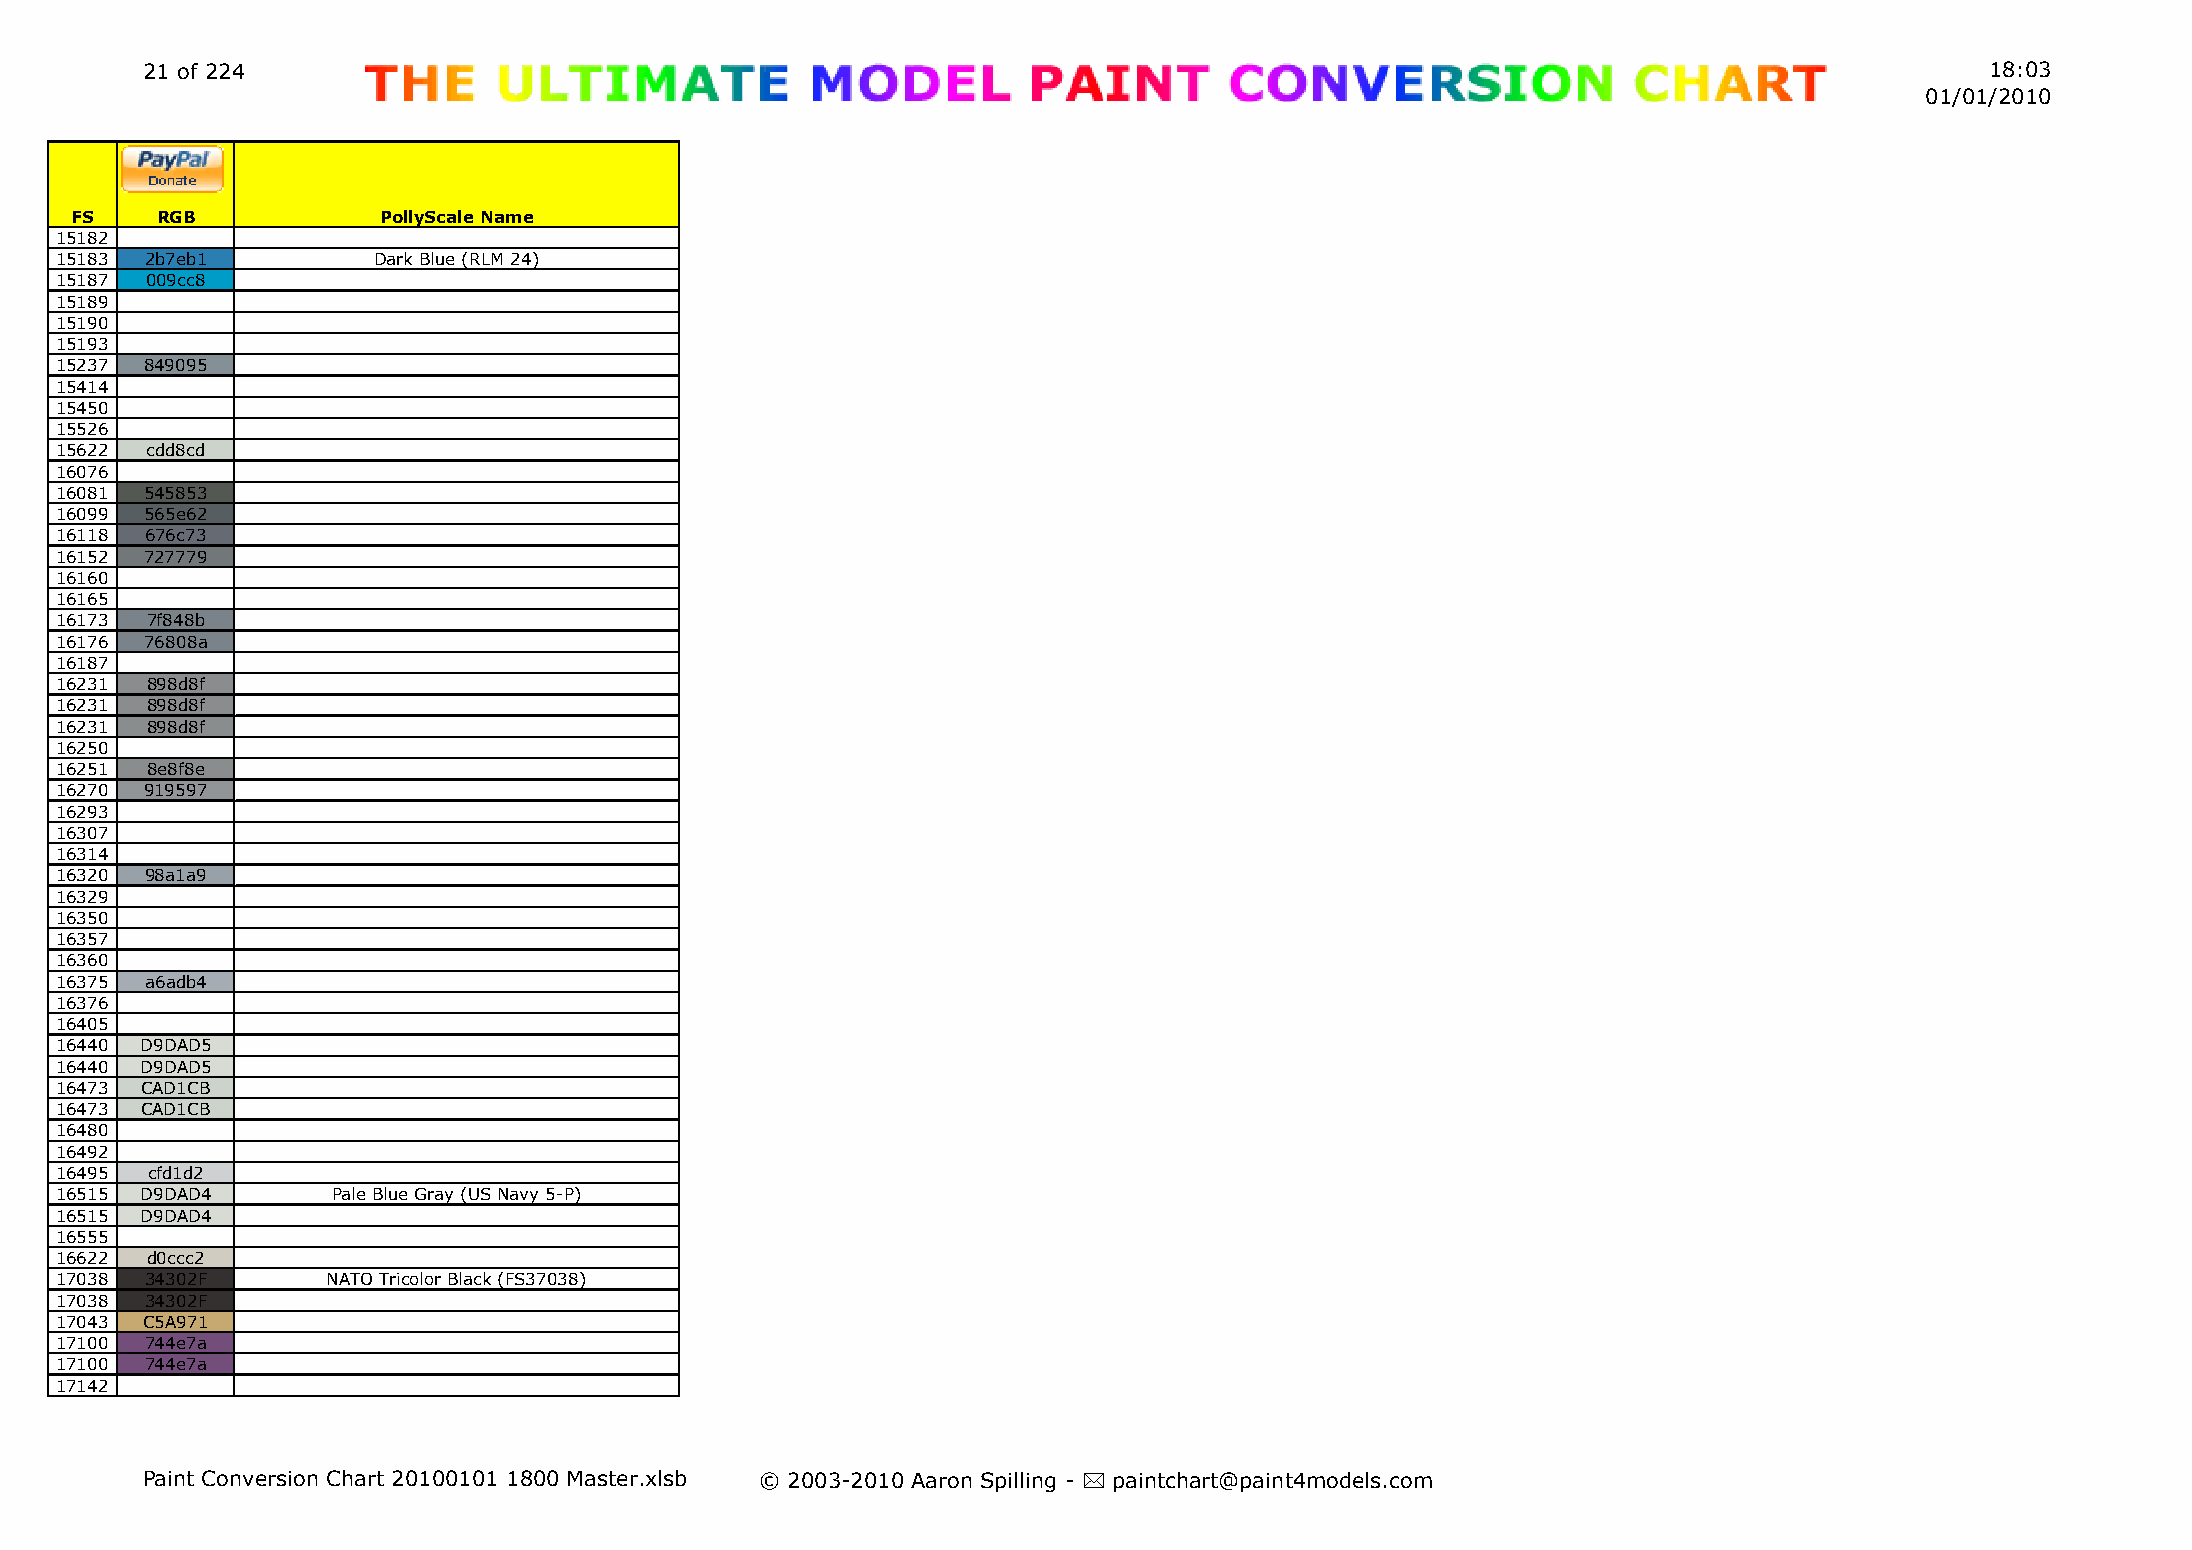
21 of 224                                                                                                                  18:03
 01/01/2010
 FS   RGB            PollyScale Name
 15182
 15183 2b7eb1         Dark Blue (RLM 24)
 15187 009cc8
 15189
 15190
 15193
 15237 849095
 15414
 15450
 15526
 15622 cdd8cd
 16076
 16081 545853
 16099 565e62
 16118 676c73
 16152 727779
 16160
 16165
 16173 7f848b
 16176 76808a
 16187
 16231 898d8f
 16231 898d8f
 16231 898d8f
 16250
 16251 8e8f8e
 16270 919597
 16293
 16307
 16314
 16320 98a1a9
 16329
 16350
 16357
 16360
 16375 a6adb4
 16376
 16405
 16440 D9DAD5
 16440 D9DAD5
 16473 CAD1CB
 16473 CAD1CB
 16480
 16492
 16495 cfd1d2
 16515 D9DAD4      Pale Blue Gray (US Navy 5-P)
 16515 D9DAD4
 16555
 16622 d0ccc2
 17038 34302F      NATO Tricolor Black (FS37038)
 17038 34302F
 17043 C5A971
 17100 744e7a
 17100 744e7a
 17142
 Paint Conversion Chart 20100101 1800 Master.xlsb © 2003-2010 Aaron Spilling - * paintchart@paint4models.com